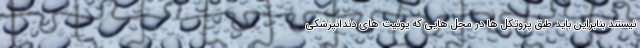
نیستند بنابراین باید طبق پروتکل ها در محل هایی که یونیت های دندانپزشکی